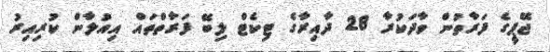
ޖޭޕީގެ ފަރާތުން ވާދަކުރާ 28 ދާއިރާގެ ޓިކެޓް ލިބޭ ފަރާތްތައް އިއުލާން ކުރިއިރު